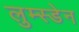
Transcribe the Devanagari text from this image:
लुम्स्डेन